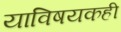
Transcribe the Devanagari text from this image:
याविषयकही